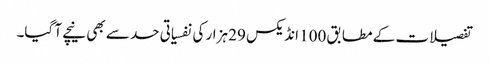
تفصیلات کے مطابق 100 انڈیکس 29 ہزار کی نفسیاتی حد سے بھی نیچے آ گیا۔